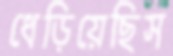
ধেড়িয়েছিস